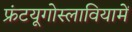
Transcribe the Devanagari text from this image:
फ्रंटयूगोस्लावियामें